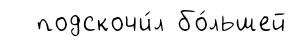
подскочи́л бо́льшей